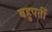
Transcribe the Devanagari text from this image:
बहुपर्ती